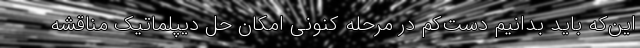
این‌که باید بدانیم دست‌کم در مرحله کنونی امکان حل دیپلماتیک مناقشه